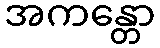
အကန္တော